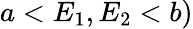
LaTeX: a<E_{1},E_{2}<b)